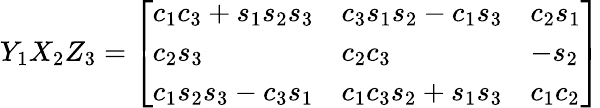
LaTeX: Y_{1}X_{2}Z_{3}={\left[\begin{array}{lll}{c_{1}c_{3}+s_{1}s_{2}s_{3}}&{c_{3}s_{1}s_{2}-c_{1}s_{3}}&{c_{2}s_{1}}\\ {c_{2}s_{3}}&{c_{2}c_{3}}&{-s_{2}}\\ {c_{1}s_{2}s_{3}-c_{3}s_{1}}&{c_{1}c_{3}s_{2}+s_{1}s_{3}}&{c_{1}c_{2}}\end{array}\right]}